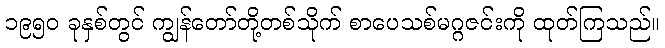
၁၉၅၀ ခုနှစ်တွင် ကျွန်တော်တို့တစ်သိုက် စာပေသစ်မဂ္ဂဇင်းကို ထုတ်ကြသည်။